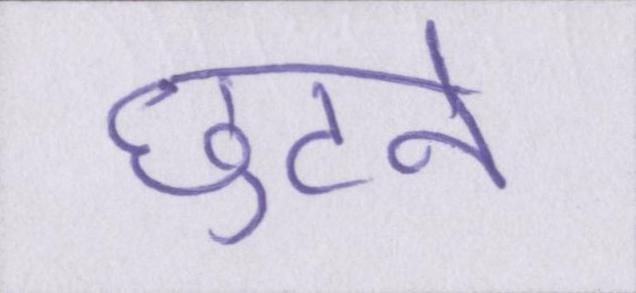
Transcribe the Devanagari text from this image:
छुटने